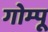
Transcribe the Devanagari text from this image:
गोम्‍पू